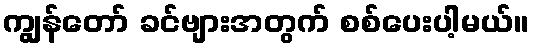
ကျွန်တော် ခင်ဗျားအတွက် စစ်ပေးပါ့မယ်။